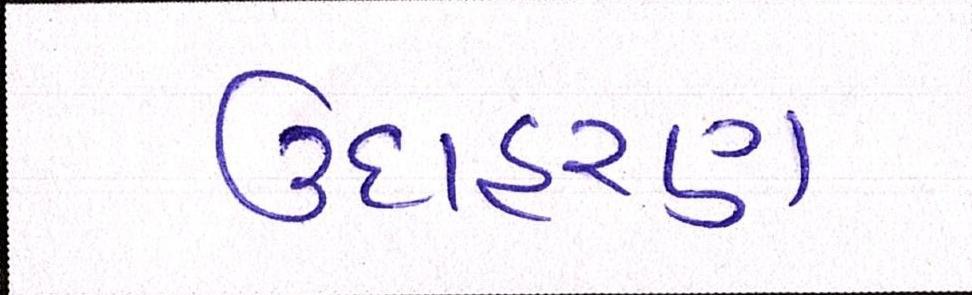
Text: ઉદાહરણ